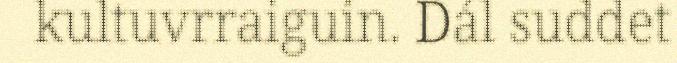
kultuvrraiguin. Dál suddet